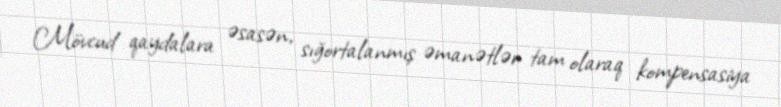
Mövcud qaydalara əsasən, sığortalanmış əmanətlər tam olaraq kompensasiya